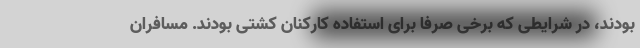
بودند، در شرایطی که برخی صرفا برای استفاده کارکنان کشتی بودند. مسافران